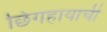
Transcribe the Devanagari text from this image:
छिंगहायाची